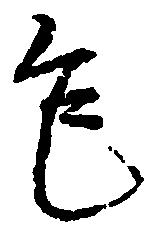
乍